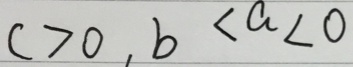
c > 0 , b < a < 0